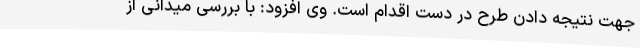
جهت نتیجه دادن طرح در دست اقدام است. وی افزود: با بررسی میدانی از